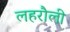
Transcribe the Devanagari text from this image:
लहरौली